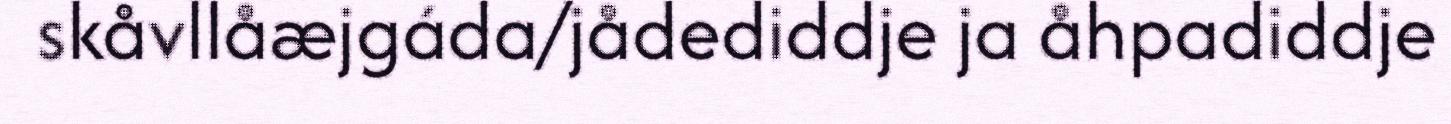
skåvllåæjgáda/jådediddje ja åhpadiddje